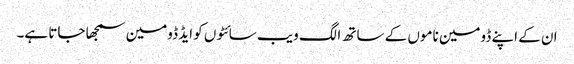
ان کے اپنے ڈومین ناموں کے ساتھ الگ ویب سائٹوں کو ایڈ ڈومین سمجھا جاتا ہے۔